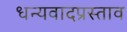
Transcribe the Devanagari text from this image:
धन्यवादप्रस्ताव